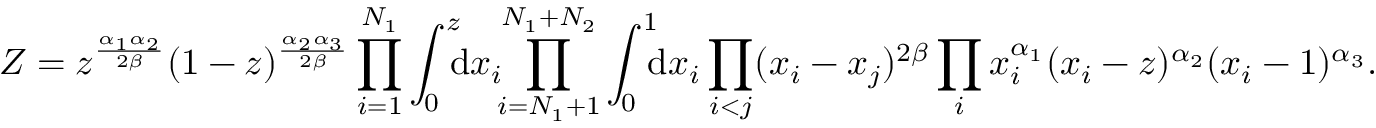
Z = z ^ { \frac { \alpha _ { 1 } \alpha _ { 2 } } { 2 \beta } } ( 1 - z ) ^ { \frac { \alpha _ { 2 } \alpha _ { 3 } } { 2 \beta } } \prod _ { i = 1 } ^ { N _ { 1 } } \int _ { 0 } ^ { z } \! \! \! \mathrm { d } x _ { i } \! \! \prod _ { i = N _ { 1 } + 1 } ^ { N _ { 1 } + N _ { 2 } } \int _ { 0 } ^ { 1 } \! \! \! \mathrm { d } x _ { i } \prod _ { i < j } ( x _ { i } - x _ { j } ) ^ { 2 \beta } \prod _ { i } x _ { i } ^ { \alpha _ { 1 } } ( x _ { i } - z ) ^ { \alpha _ { 2 } } ( x _ { i } - 1 ) ^ { \alpha _ { 3 } } .